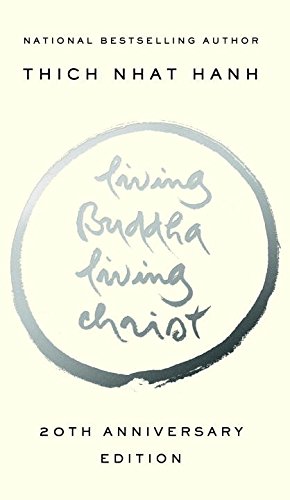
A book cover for Living Buddha, Living Christ 20th-Anniversary Edition; Thich Nhat Hanh; Politics & Social Sciences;